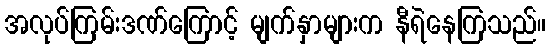
အလုပ်ကြမ်းဒဏ်ကြောင့် မျက်နှာများက နီရဲနေကြသည်။